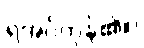
ရအပ်ကုန်၏။)